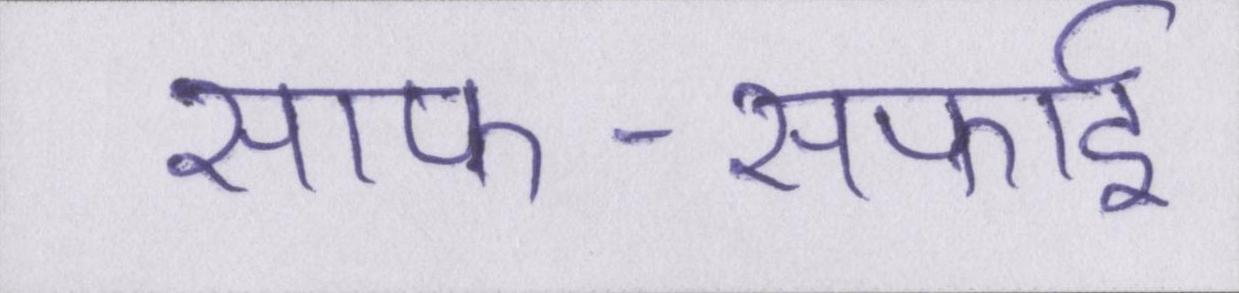
साफ-सफाई